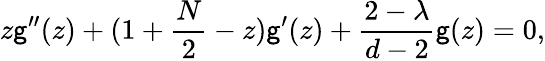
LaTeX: z\mathsf{g}^{\prime\prime}(z)+(1+\frac{{N}}{{2}}-z)\mathsf{g}^{\prime}(z)+\frac{{2-\lambda}}{{d-2}}\mathsf{g}(z)=0,